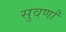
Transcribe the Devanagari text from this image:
सुवर्णां